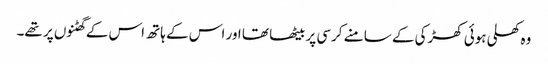
وہ کھلی ہوئی کھڑکی کے سامنے کرسی پر بیٹھا تھا اور اس کے ہاتھ اس کے گھٹنوں پر تھے۔